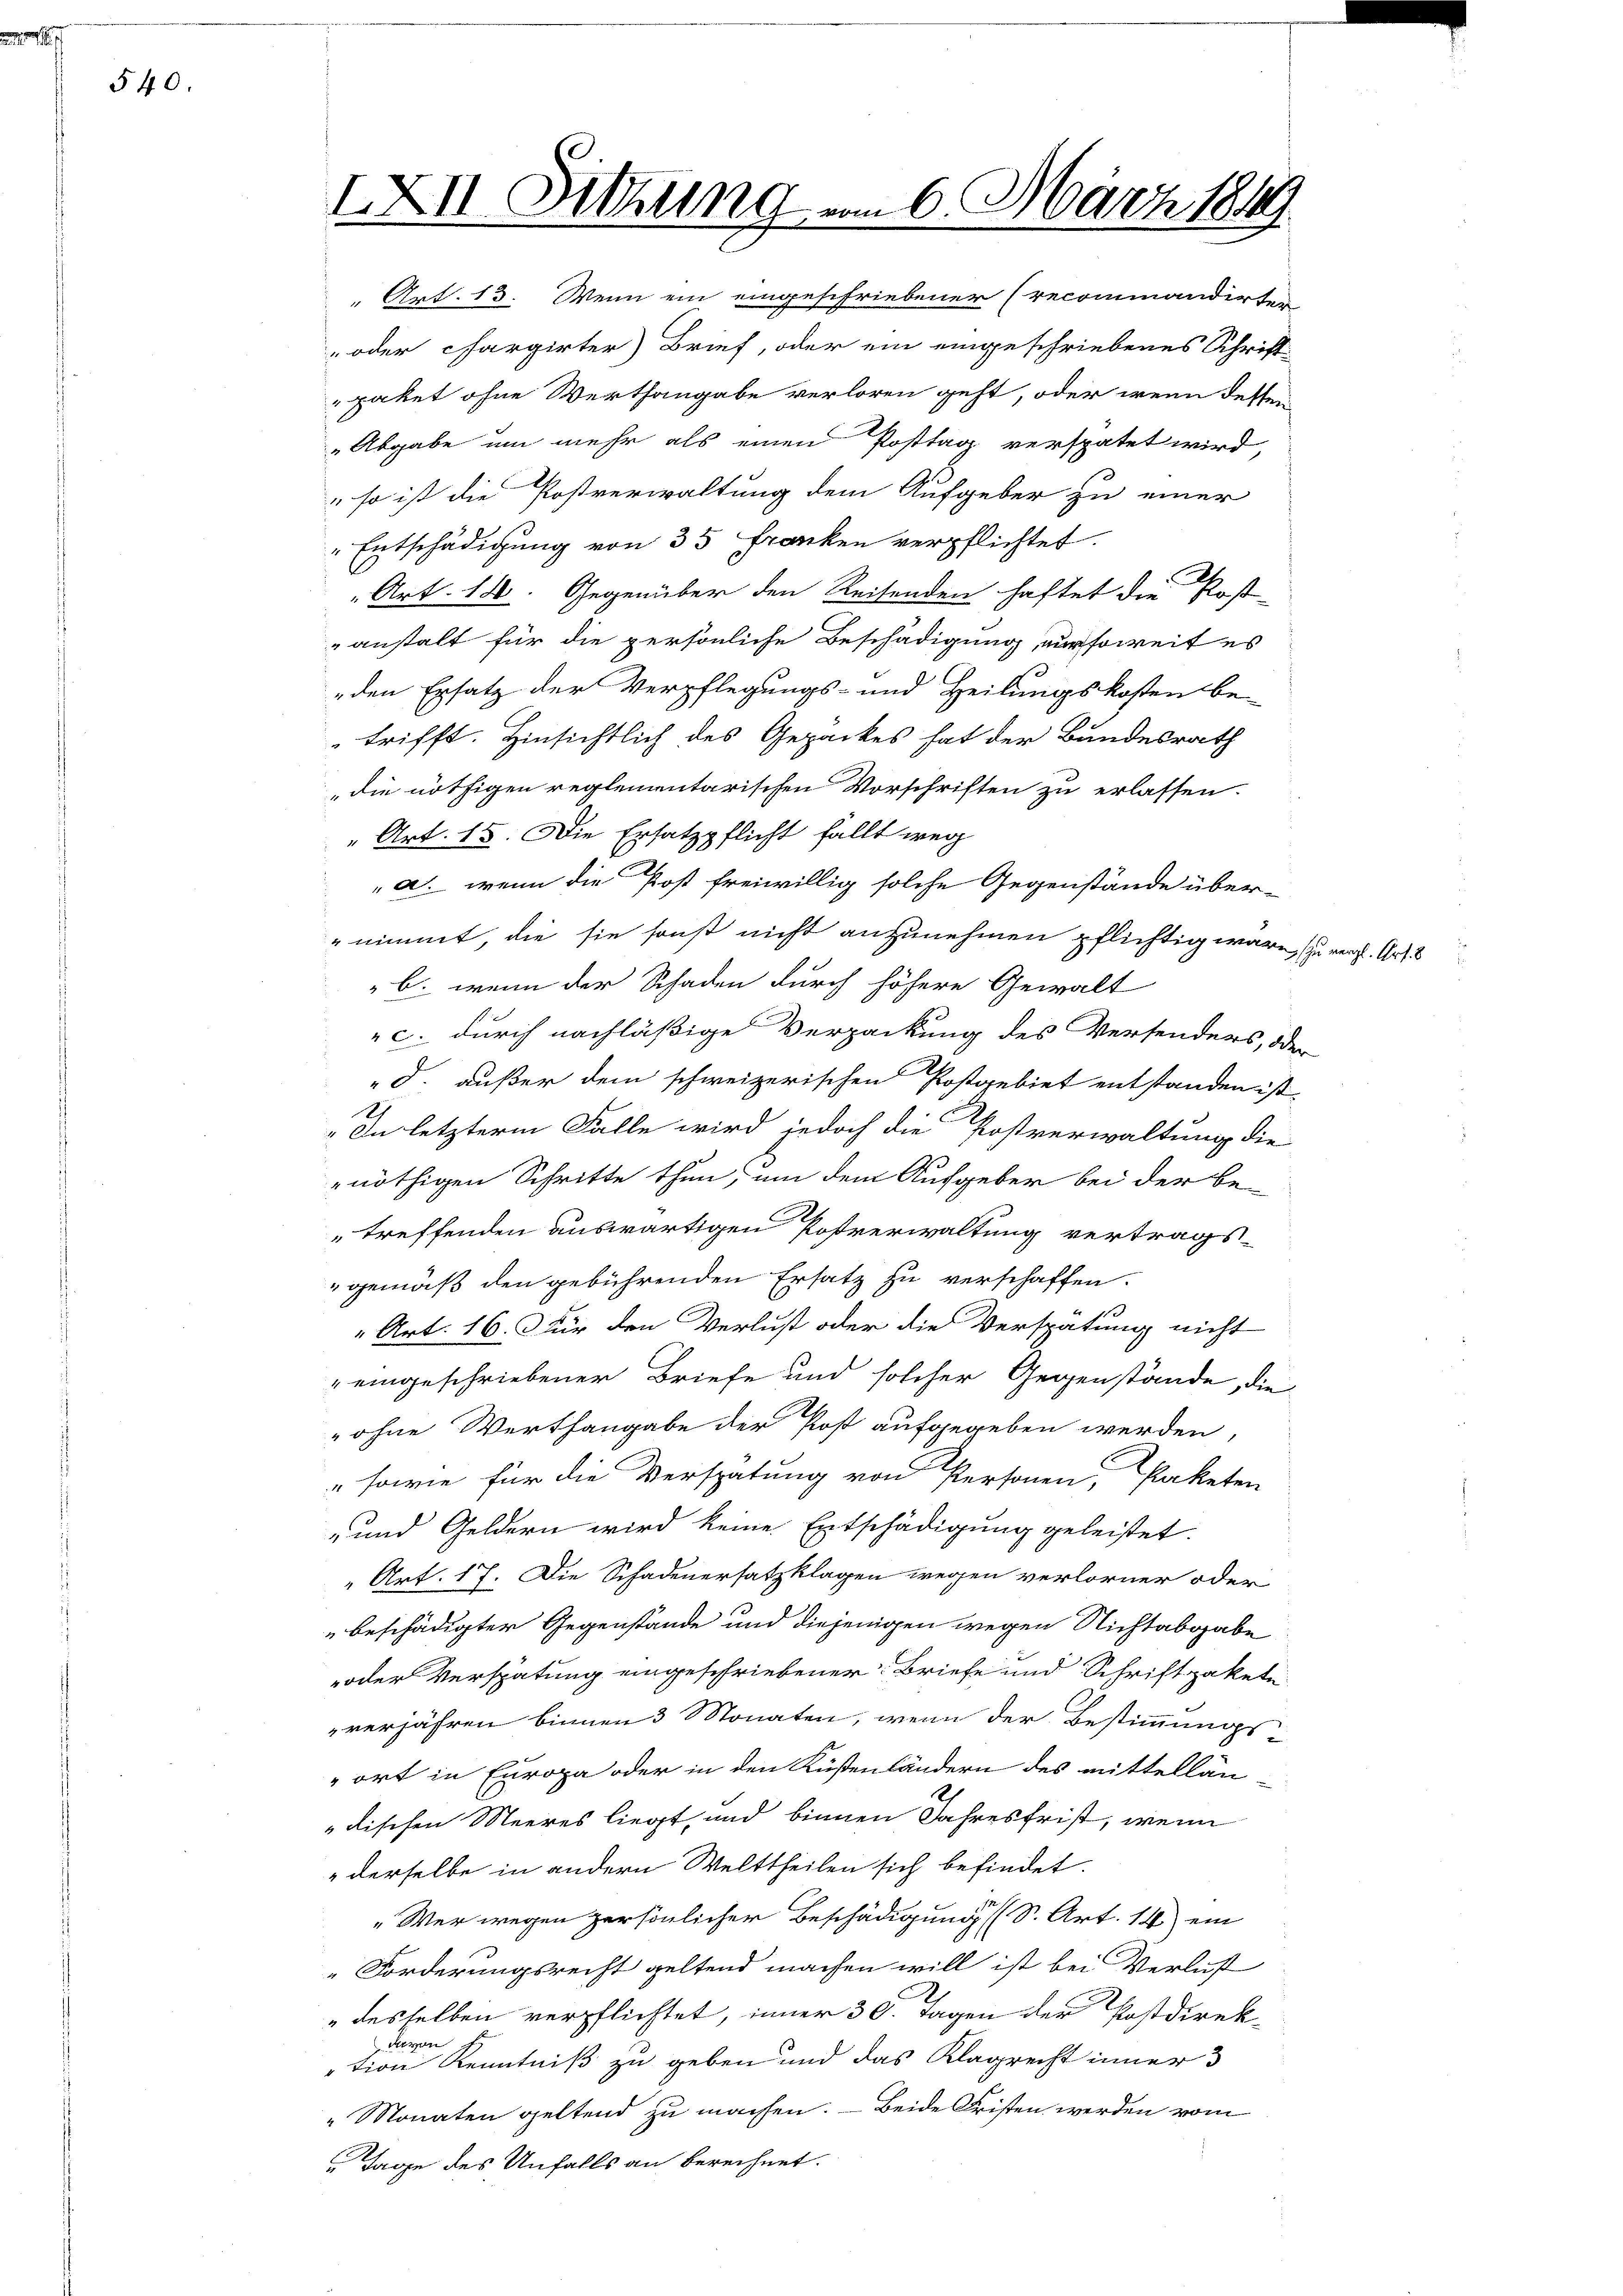
540.

IXII. Sitzung am 6. März 1849

Art. 13. Wenn ein eingeschriebener (recominandirter
oder chargirter Brief, oder ein eingeschriebenes Schrift-
paket ohne Werthangabe verloren geht, oder wenn dessen
„Abgabe um mehr als einen Posttag verspätet wird,
" so ist die Postverwaltung dem Aufgeber zu einer
" Entschädigung von 35 Franken verpflichtet.
Art. 18. Gegenüber den Reisenden haftet die Post-
anstalt für die persönliche Beschädigung ursoweit es
den Ersatz der Verpflegungs- und Heilungskosten be-
trifft. Hinsichtlich des Gepäckes hat der Bundesrath
die nöthigen reglementarischen Vorschriften zu erlassen.
„Art. 15. Die Ersatzpflicht fällt weg
a. wenn die Post freiwillig solche Gegenstände über-
nimmt, die sie sonst nicht anzunehmen pflichtig wäre, zu verf. Art. 3
b. wenn der Schaden durch höhere Gewalt
c. durch nachläßige Verpackung des Versenders, oder
d. außer dem schweizerischen Postgebiet entstanden ist.
In letzterm Falle wird jedoch die Postverwaltung die
nöthigen Schritte thun, um dem Aufgeben bei der be-
treffenden auswärtigen Postverwaltung vertrags-
gemäß den gebührenden Ersatz zu verschaffen.
„Art. 16. Für den Verlust oder die Verspätung nicht
"eingeschriebener Briefe und solcher Gegenstände, die
„ohne Werthangabe der Post aufgegeben werden,
" sowie für die Verspätung von Personen, Paketen
- und Geldern wird keine Entschädigung geleistet.
Art. 17. Die Schadenersatzklagen wegen verlorner oder
" beschädigter Gegenstände und diejenigen wegen Nichtabgabe
oder Verspätung eingeschriebener Briefe und Schriftpakete
verjähren binnen 3 Monaten, wenn der Bestimmungsort in Europa oder in den Küßenländern des mittelländischen Meeres liegt, und binnen Jahresfrist, wenn
derselbe in andern Welttheilen sich befindet.
„Wer wegen persönlicher Beschädigung (S. Art. 14) ein
Forderungsrecht geltend machen will ist bei Verlust
desselben verpflichtet, inner 30. Tagen der Postdirekvon
tion Kenntniß zu geben und das Klagrecht inner 3
"Monaten geltend zu machen. — Beide Fristen werden vom
Tage des Unfalls an berechnet.